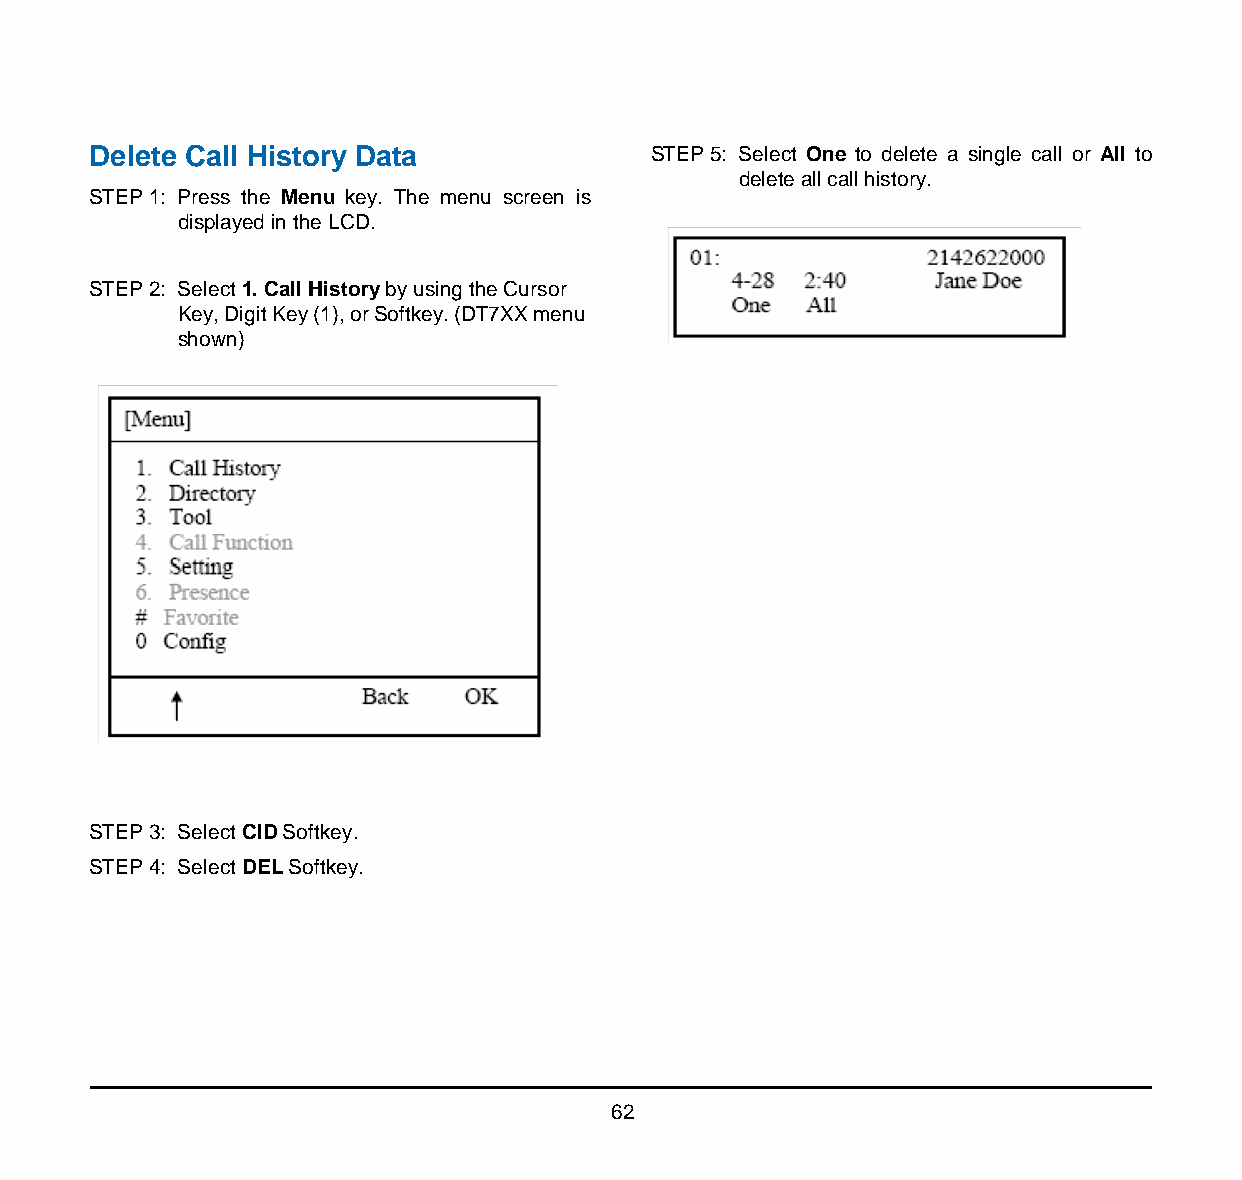
Delete Call History Data              STEP 5: Select One to delete a single call or All to
 delete all call history.
 STEP 1: Press the Menu key. The menu screen is
 displayed in the LCD.
 STEP 2: Select 1. Call History by using the Cursor
 Key, Digit Key (1), or Softkey. (DT7XX menu
 shown)
 [Menu]
 STEP 3: Select CID Softkey.
 STEP 4: Select DEL Softkey.
 62